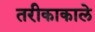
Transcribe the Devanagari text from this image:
तरीकाकाले